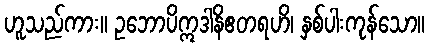
ဟူသည်ကား။ ဥဘောပိဣဒါနိဧတရဟိ၊ နှစ်ပါးကုန်သော။